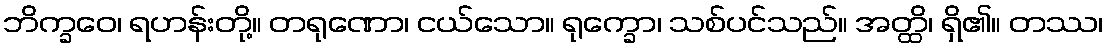
ဘိက္ခဝေ၊ ရဟန်းတို့။ တရုဏော၊ ငယ်သော။ ရုက္ခော၊ သစ်ပင်သည်။ အတ္ထိ၊ ရှိ၏။ တဿ၊